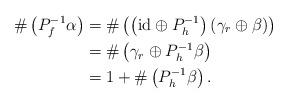
LaTeX: \begin{align*} \#\left(P_{f}^{-1}\alpha\right)&=\#\left(\left(\mathrm{id}\oplus P_{h}^{-1}\right)\left(\gamma_r\oplus \beta\right)\right) \\ &=\#\left(\gamma_r\oplus P_{h}^{-1}\beta\right)\\ &= 1+\#\left(P_{h}^{-1}\beta\right).\end{align*}